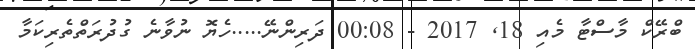
ބްރޭކް މާސްޓާ މެއި 18